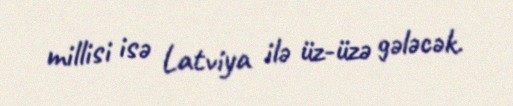
millisi isə Latviya ilə üz-üzə gələcək.